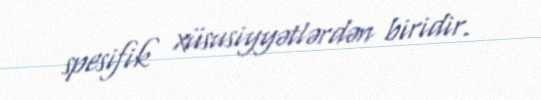
spesifik xüsusiyyətlərdən biridir.